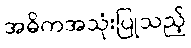
အဓိကအသုံးပြုသည့်